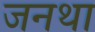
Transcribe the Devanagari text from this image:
जनथा